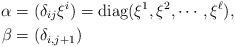
LaTeX: \begin{align*}\alpha&=(\delta_{ij} \xi^i)=\mathrm{diag}(\xi^1, \xi^2, \cdots, \xi^{\ell}),\\\beta&=(\delta_{i,j+1})\end{align*}